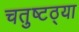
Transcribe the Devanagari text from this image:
चतुष्टठ्या